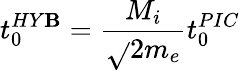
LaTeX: t_{0}^{HY\mathbf{B}}=\frac{{M_{i}}}{{\sqrt{}{{2}}m_{e}}}t_{0}^{PIC}